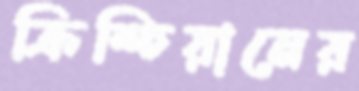
ক্রিশ্চিয়ানের